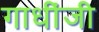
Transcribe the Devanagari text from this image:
गाधींजी